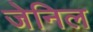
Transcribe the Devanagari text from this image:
जेनिल